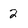
Character: 2